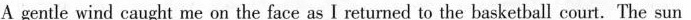
A gentle wind caught me on the face as I returned to the basketball court.The sun